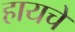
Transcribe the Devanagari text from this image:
हायचे